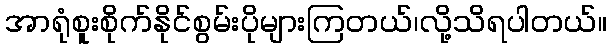
အာရုံစူးစိုက်နိုင်စွမ်းပိုများကြတယ်၊လို့သိရပါတယ်။